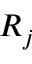
R _ { j }